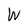
Character: W